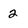
Character: 2